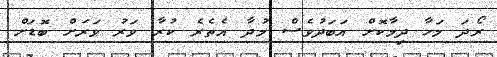
ރޯދަ މަހާ ދިމާކޮށް އަބަދުވެސް މުދާ އެތެރެ ކުރާ ވަރު ވަރަށް ބޮޑަށް